Vaccination in Bombay 1869-1873 - 1869-1873
Year: 1869
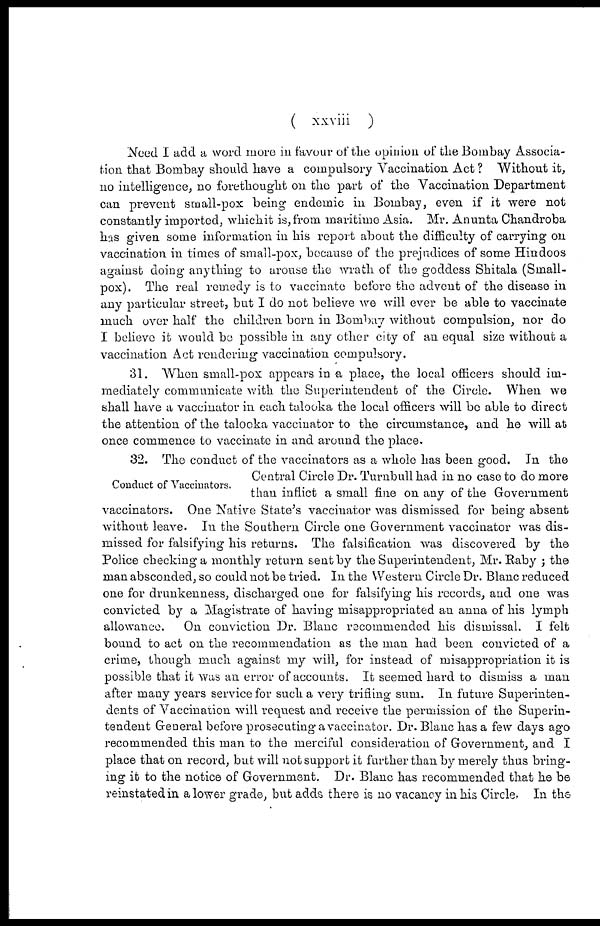
( xxviii )
Need I add a word more in favour of the opinion of the Bombay Associa-
tion that Bombay should have a compulsory Vaccination Act? Without it,
no intelligence, no forethought on the part of the Vaccination Department
can prevent small-pox being endemic in Bombay, even if it were not
constantly imported, which it is, from maritime Asia. Mr. Anunta Chandroba
has given some information in his report about the difficulty of carrying on
vaccination in times of small-pox, because of the prejudices of some Hindoos
against doing anything to arouse the wrath of the goddess Shitala (Small-
pox) . The real remedy is to vaccinate before the advent of the disease in
any particular street, but I do not believe we will ever be able to vaccinate
much over half the children born in Bombay without compulsion, nor do
I believe it would be possible in any other city of an equal size without a
vaccination Act rendering vaccination compulsory.
31. When small-pox appears in a place, the local officers should im-
mediately communicate with the Superintendent of the Circle. When we
shall have a vaccinator in each talooka the local officers will be able to direct
the attention of the talooka vaccinator to the circumstance, and he will at
once commence to vaccinate in and around the place.
Conduct of Vaccinators.
32. The conduct of the vaccinators as a whole has been good. In the
Central Circle Dr. Turnbull had in no case to do more
than inflict a small fine on any of the Government
vaccinators. One Native State's vaccinator was dismissed for being absent
without leave. In the Southern Circle one Government vaccinator was dis-
missed for falsifying his returns. The falsification was discovered by the
Police checking a monthly return sent by the Superintendent, Mr. Raby ; the
man absconded, so could not be tried. In the Western Circle Dr. Blanc reduced
one for drunkenness, discharged one for falsifying his records, and one was
convicted by a Magistrate of having misappropriated an anna of his lymph
allowance.
On conviction Dr. Blanc recommended his dismissal. I felt
bound to act on the recommendation as the man had been convicted of a
crime, though much against my will, for instead of misappropriation it is
possible that it was an error of accounts. It seemed hard to dismiss a man
after many years service for such a very trifling sum. In future Superinten-
dents of Vaccination will request and receive the permission of the Superin-
tendent General before prosecuting a vaccinator. Dr. Blanc has a few days ago
recommended this man to the merciful consideration of Government, and I
place that on record, but will not support it further than by merely thus bring-
ing it to the notice of Government. Dr. Blanc has recommended that he be
reinstated in a lower grade, but adds there is no vacancy in his Circle- In the